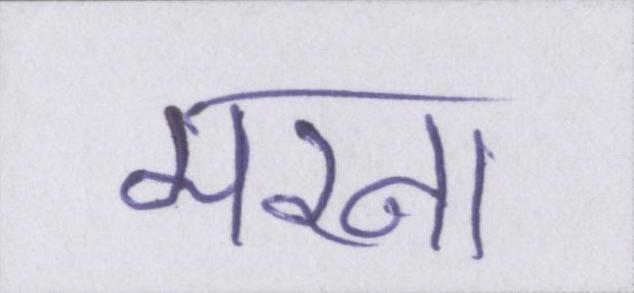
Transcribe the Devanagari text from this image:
मरना